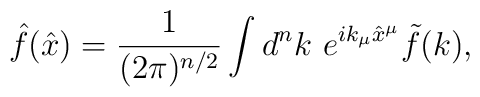
\hat{f}(\hat{x})=\frac{1}{(2\pi)^{n/2}}\int d^nk~e^{ik_{\mu}\hat{x}^{\mu}}\tilde{f}(k),